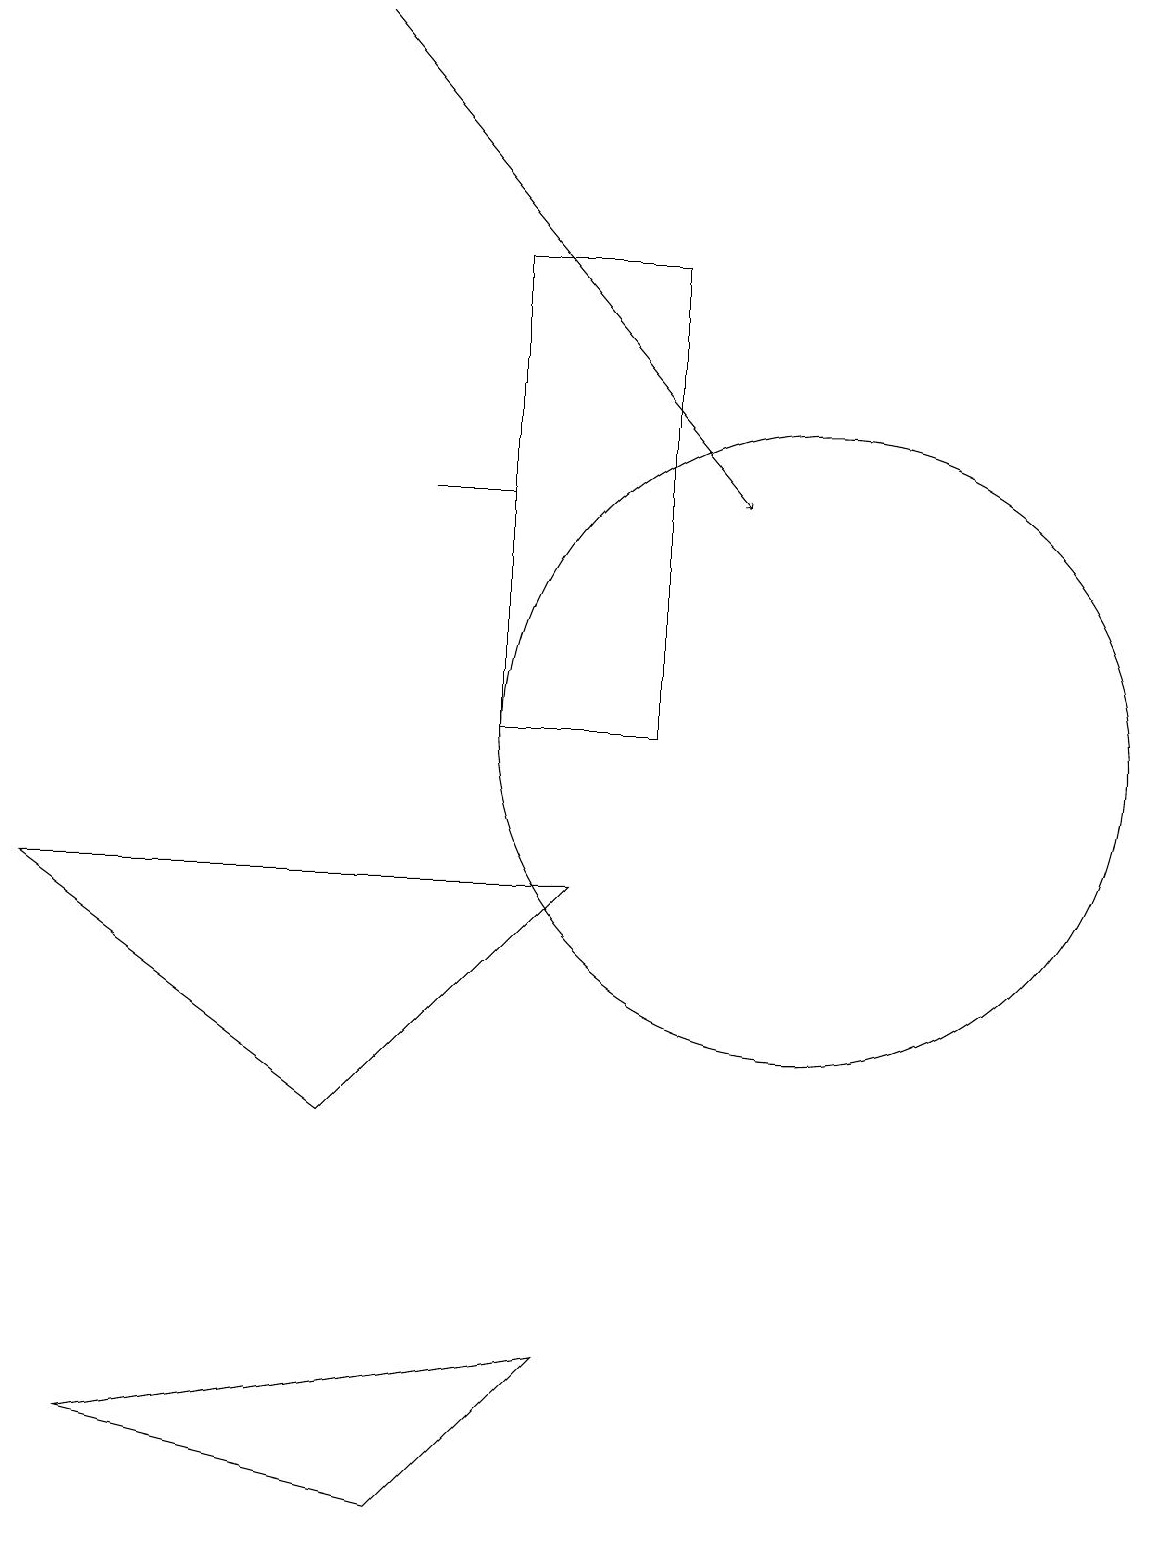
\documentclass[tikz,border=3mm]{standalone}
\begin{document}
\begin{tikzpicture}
\draw (6,10) rectangle (8,16);
\draw (10,10) circle (4);
\draw[->] (4,19) -- (9,13);
\draw (7,8) -- (0,8) -- (4,5) -- cycle;
\draw (0,17) rectangle (0,17);
\draw (6,13) rectangle (5,13);
\draw (5,0) -- (1,1) -- (7,2) -- cycle;
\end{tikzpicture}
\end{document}